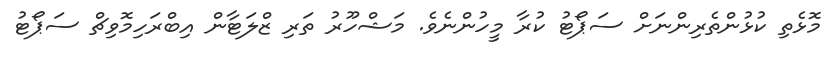
މޮޅެތި ކުޅުންތެރިންނަށް ސަޕޯޓު ކުރާ މީހުންނެވެ. މަޝްހޫރު ތަރި ޒްލަޓާން އިބްރަހިމޮވިޗް ސަޕޯޓު